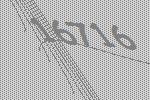
16716